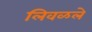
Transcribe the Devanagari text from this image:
लिवळले